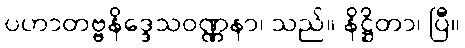
ပဟာတဗ္ဗနိဒ္ဒေသဝဏ္ဏနာ၊ သည်။ နိဋ္ဌိတာ၊ ပြီ။